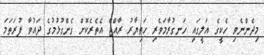
މިދެންނެވި ހެކީގެ އަލީގައި ހަނގުރާމަވެރި ހަތިޔާރު ރާއްޖެ އެތެރެކޮށް ގެންގުޅުމުގެ ދައުވާ ފުރަތަމަ